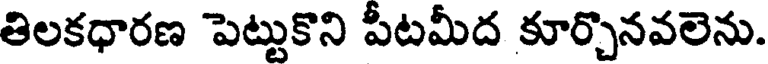
తిలకధారణ పెట్టుకొని పీటమీద కూర్చొనవలెను.